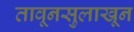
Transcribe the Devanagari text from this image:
तावूनसुलाखून